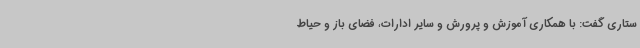
ستاری گفت: با همکاری آموزش و پرورش و سایر ادارات، فضای باز و حیاط